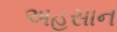
અહસાન